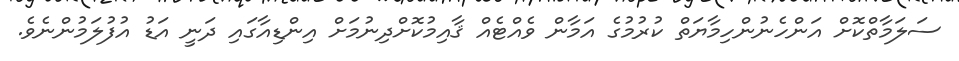
ސަލަމާތްކޮށް އަންހެނުންހިމާޔަތް ކުރުމުގެ އަމާން ވެއްޓެއް ޤާއިމުކޮށްދިނުމަށް އިންޑިއާގައި ދަނީ އަޑު އުފުލަމުންނެވެ.